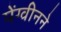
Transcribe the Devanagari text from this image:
पेंग्वीनने